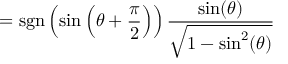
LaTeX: = \operatorname { s g n } \left( \sin \left( \theta + { \frac { \pi } { 2 } } \right) \right) { \frac { \sin ( \theta ) } { \sqrt { 1 - \sin ^ { 2 } ( \theta ) } } }